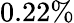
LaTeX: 0.22\%